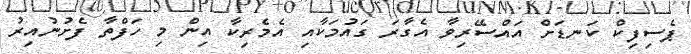
ޕެސިފިކް ކަނޑަށް އައްސޭރިވާ އެގާރަ ގައުމަކާއި އެމެރިކާ އިން މި ހަފްތާ ފެށުނުއިރު